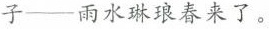
子——雨水琳琅春来了。